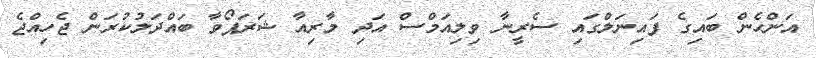
އަންހެން ބައިގެ ފައިނަލްގައި ސެރީނާ ވިލިއަމްސް އަދި މާރިއާ ޝަރަޕޯވާ ބައްދަލުކުރަން ޖެހިއްޖެ